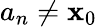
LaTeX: a_{n}\neq\mathbf{x}_{0}